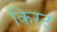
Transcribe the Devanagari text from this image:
किरट